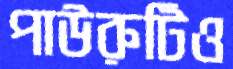
পাউরুটিও